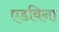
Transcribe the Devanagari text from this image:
एडविना